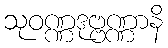
သုဝဏ္ဏဒုဗ္ဗဏ္ဏာနိ